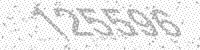
Solution: 125596